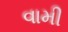
વામી